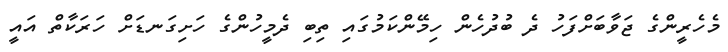
މެހެރީންގެ ޖަވާބަށްފަހު ދެ ބުދުހެން ހިމޭންކަމުގައި ތިބި ދެމީހުންގެ ހަށިގަނޑަށް ހަރަކާތް އައީ